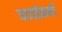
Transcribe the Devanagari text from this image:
हवाईकर्मी